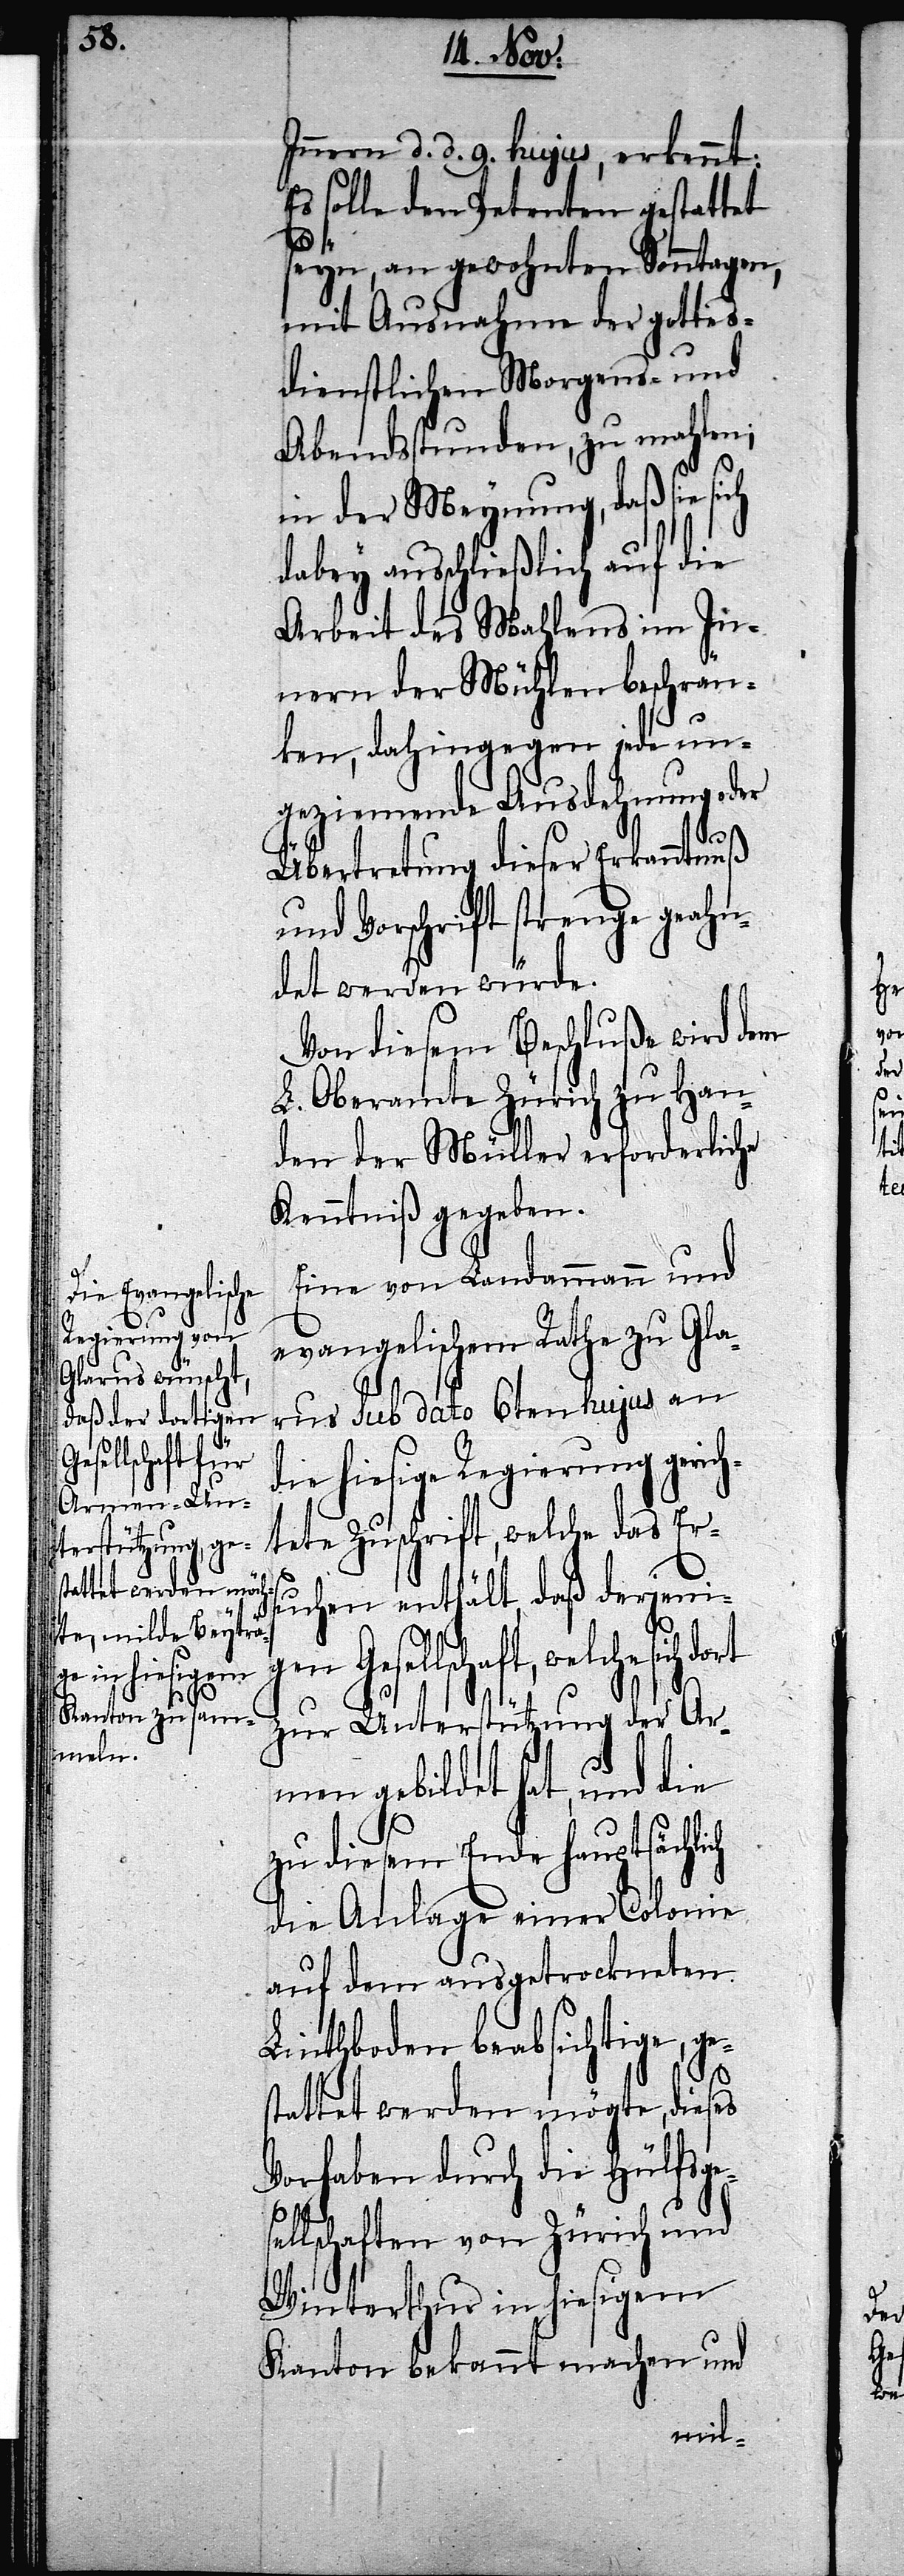
Innern d. d. 9. hujus, erkennt:
Es solle den Petenten gestattet
seyn, an gewohnten Sonntagen,
mit Ausnahme der gottes¬
dienstlichen Morgens- und
Abendsstunden, zu mahlen;
in der Meynung, daß sie sich
dabey ausschließlich auf die
Arbeit des Mahlens im In¬
nern der Mühlen beschrän¬
ken, dahingegen jede un¬
geziemende Ausdehnung oder
Übertretung dieser Erkanntnuß
und Vorschrift strenge geahn¬
det werden würde.
Von diesem Beschluße wird dem
L. Oberamte Zürich zu Han¬
den der Müller erforderliche
Kenntniß gegeben.
Eine von Landammann und
evangelischem Rathe zu Gla¬
rus sub dato 6ten hujus an
die hiesige Regierung gerich¬
tete Zuschrift, welche das Er¬
suchen enthält, daß derjeni¬
gen Gesellschaft, welche sich dort
zur Unterstützung der Ar¬
men gebildet hat, und die
zu diesem Ende hauptsächl¬
die Anlage einer Colonie
auf dem ausgetrockneten
Linthboden beabsichtige, ge¬
ich
stattet werden mögte, dieses
Vorhaben durch die Hülfsges¬
ellschaften von Zürich und
Winterthur in hiesigem
Kanton bekannt machen und